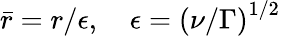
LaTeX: \bar{r}=r/\epsilon,\quad\epsilon=\left(\nu/\Gamma\right)^{1/2}